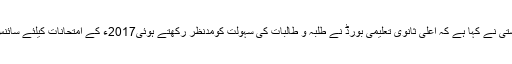
14 نومبر2016ء) اعلیٰ ثانوی تعلیمی بورڈ کراچی کے ناظم امتحانات محمد عمران خان چشتی نے کہا ہے کہ اعلیٰ ثانوی تعلیمی بورڈ نے طلبہ و طالبات کی سہولت کومدنظر رکھتے ہوئی2017ء کے امتحانات کیلئے سائنس گروپ اور تمام گروپس کے لازمی پرچوں کے ترمیم شدہ ماڈل پیپرز جاری کردیئے ہیں۔